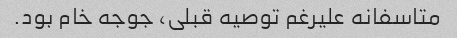
متاسفانه علیرغم توصیه قبلی، جوجه خام بود.